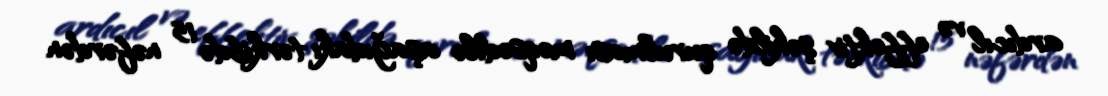
ardıcıl və effektiv şəkildə qurulması məqsədilə aşağıdakı tərkibdə 15 nəfərdən